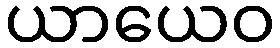
ယာယေဝ